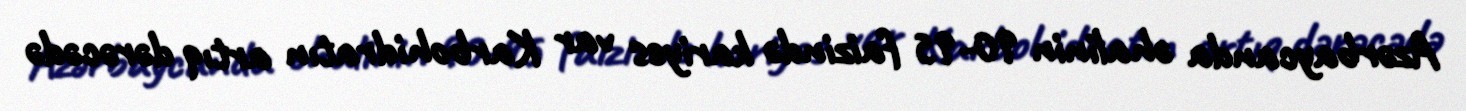
Azərbaycanda əhalinin 90-95 faizində kariyes var Karbohidratın artıq dərəcədə